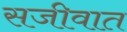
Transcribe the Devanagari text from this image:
सजीवात